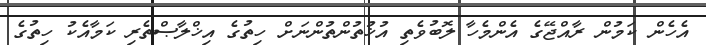
އެހެން ކަމުން ރާއްޖޭގެ އެންމެހާ ލޮބުވެތި އުޚުތުންތުންނަށް ހިތުގެ އިޚްލާޞްތެރި ކަމާއެކު ހިތުގެ